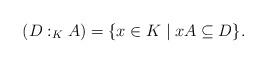
LaTeX: \begin{align*}(D :_K A) = \{ x \in K \mid xA \subseteq D \}.\end{align*}